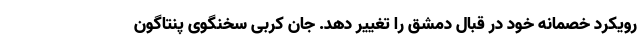
رویکرد خصمانه خود در قبال دمشق را تغییر دهد. جان کربی سخنگوی پنتاگون